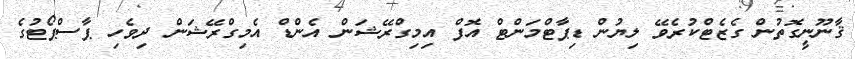
ޤާނޫނީގޮތުން ގެޒެޓްކުރެވޭ ލިޔުން ޑިޕާޓްމަންޓް އޮފް އިމިގްރޭޝަން އެންޑް އެމިގްރޭޝަން ދިވެހި ޕާސްޕޯޓުގެ